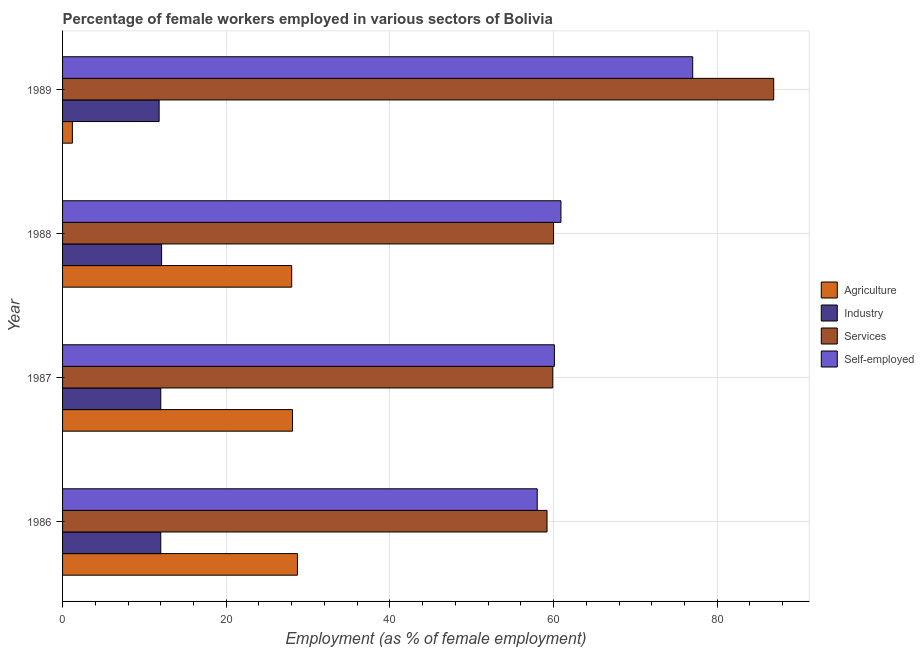
| Year | Agriculture | Industry | Services | Self-employed |
 | --- | --- | --- | --- | --- |
 | 1986 | 28.7 | 12 | 59.2 | 58 |
 | 1987 | 28.1 | 12 | 59.9 | 60.1 |
 | 1988 | 28 | 12.1 | 60 | 60.9 |
 | 1989 | 1.2 | 11.8 | 86.9 | 77 |